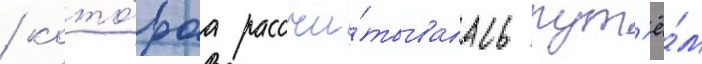
/ кото́раа рассчи́тывалась пут'ё́м